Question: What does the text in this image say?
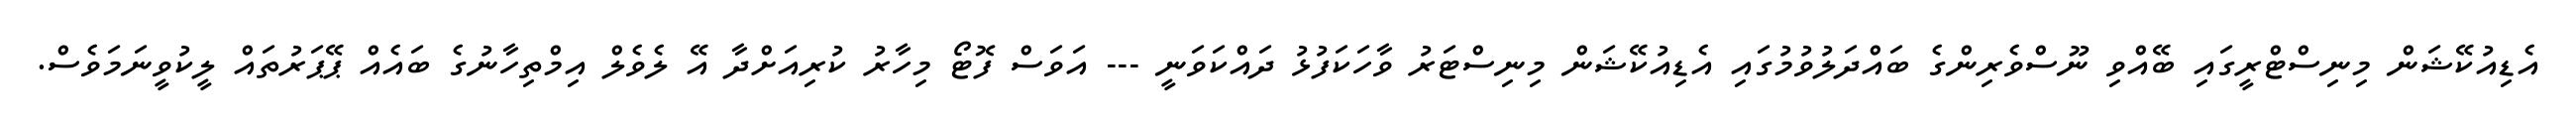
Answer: އެޑިއުކޭޝަން މިނިސްޓްރީގައި ބޭއްވި ނޫސްވެރިންގެ ބައްދަލުވުމުގައި އެޑިއުކޭޝަން މިނިސްޓަރު ވާހަކަފުޅު ދައްކަވަނީ --- އަވަސް ފޮޓޯ މިހާރު ކުރިއަށްދާ އޭ ލެވެލް އިމްތިހާނުގެ ބައެއް ޕޭޕަރުތައް ލީކުވީނަމަވެސް.